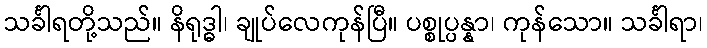
သင်္ခါရတို့သည်။ နိရုဒ္ဓါ၊ ချုပ်လေကုန်ပြီ။ ပစ္စုပ္ပန္နာ၊ ကုန်သော။ သင်္ခါရာ၊